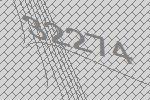
32274